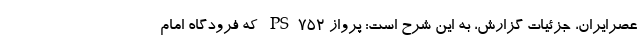
عصرایران، جزئیات گزارش، به این شرح است: پرواز PS752 که فرودگاه امام